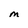
Character: M